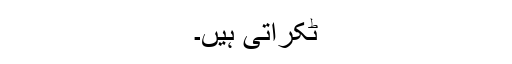
ٹکراتی ہیں۔